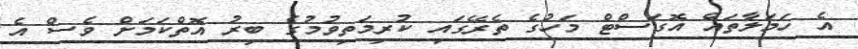
އެ ހަމަލާތައް އޮގަސްޓް މަހުގެ ތެރޭގައި ކުރިމަތިވުމުގެ ބިރު އޮތްކަމަށް ވެސް އެ